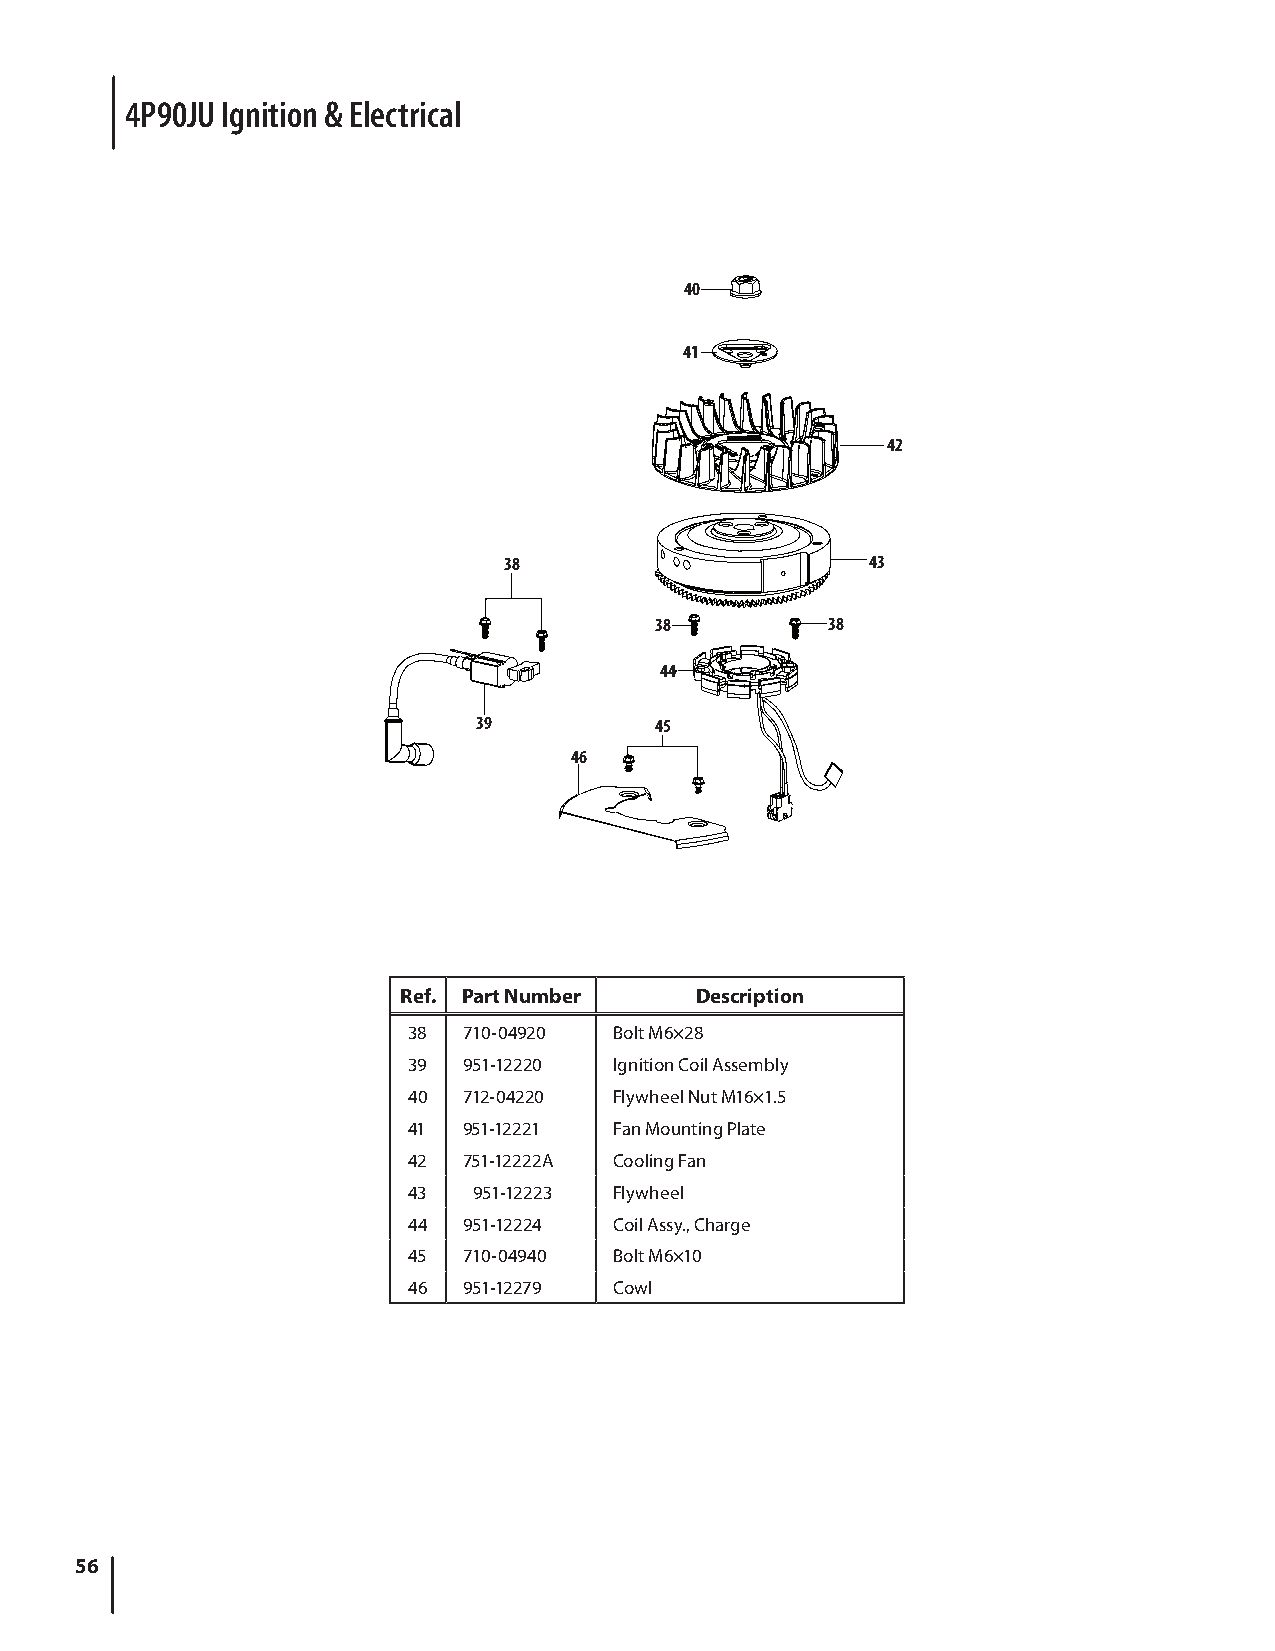
4P90JU Ignition & Electrical
 40
 41
 42
 38                       43
 38          38
 44
 39          45
 46
 Ref. Part Number   Description
 38  710-04920 Bolt M6×28
 39  951-12220 Ignition Coil Assembly
 40  712-04220 Flywheel Nut M16×1.5
 41  951-12221 Fan Mounting Plate
 42  751-12222A Cooling Fan
 43  951-12223 Flywheel
 44  951-12224 Coil Assy., Charge
 45  710-04940 Bolt M6×10
 46  951-12279 Cowl
 56